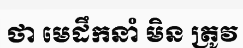
ថា មេដឹកនាំ មិន ត្រូវ